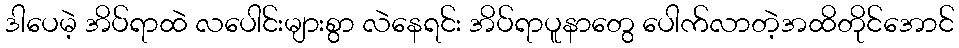
ဒါပေမဲ့ အိပ်ရာထဲ လပေါင်းများစွာ လဲနေရင်း အိပ်ရာပူနာတွေ ပေါက်လာတဲ့အထိတိုင်အောင်